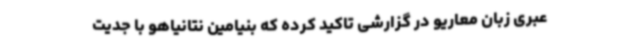
عبری زبان معاریو در گزارشی تاکید کرده که بنیامین نتانیاهو با جدیت